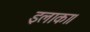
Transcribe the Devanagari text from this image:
इलाका।